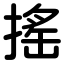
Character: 搖